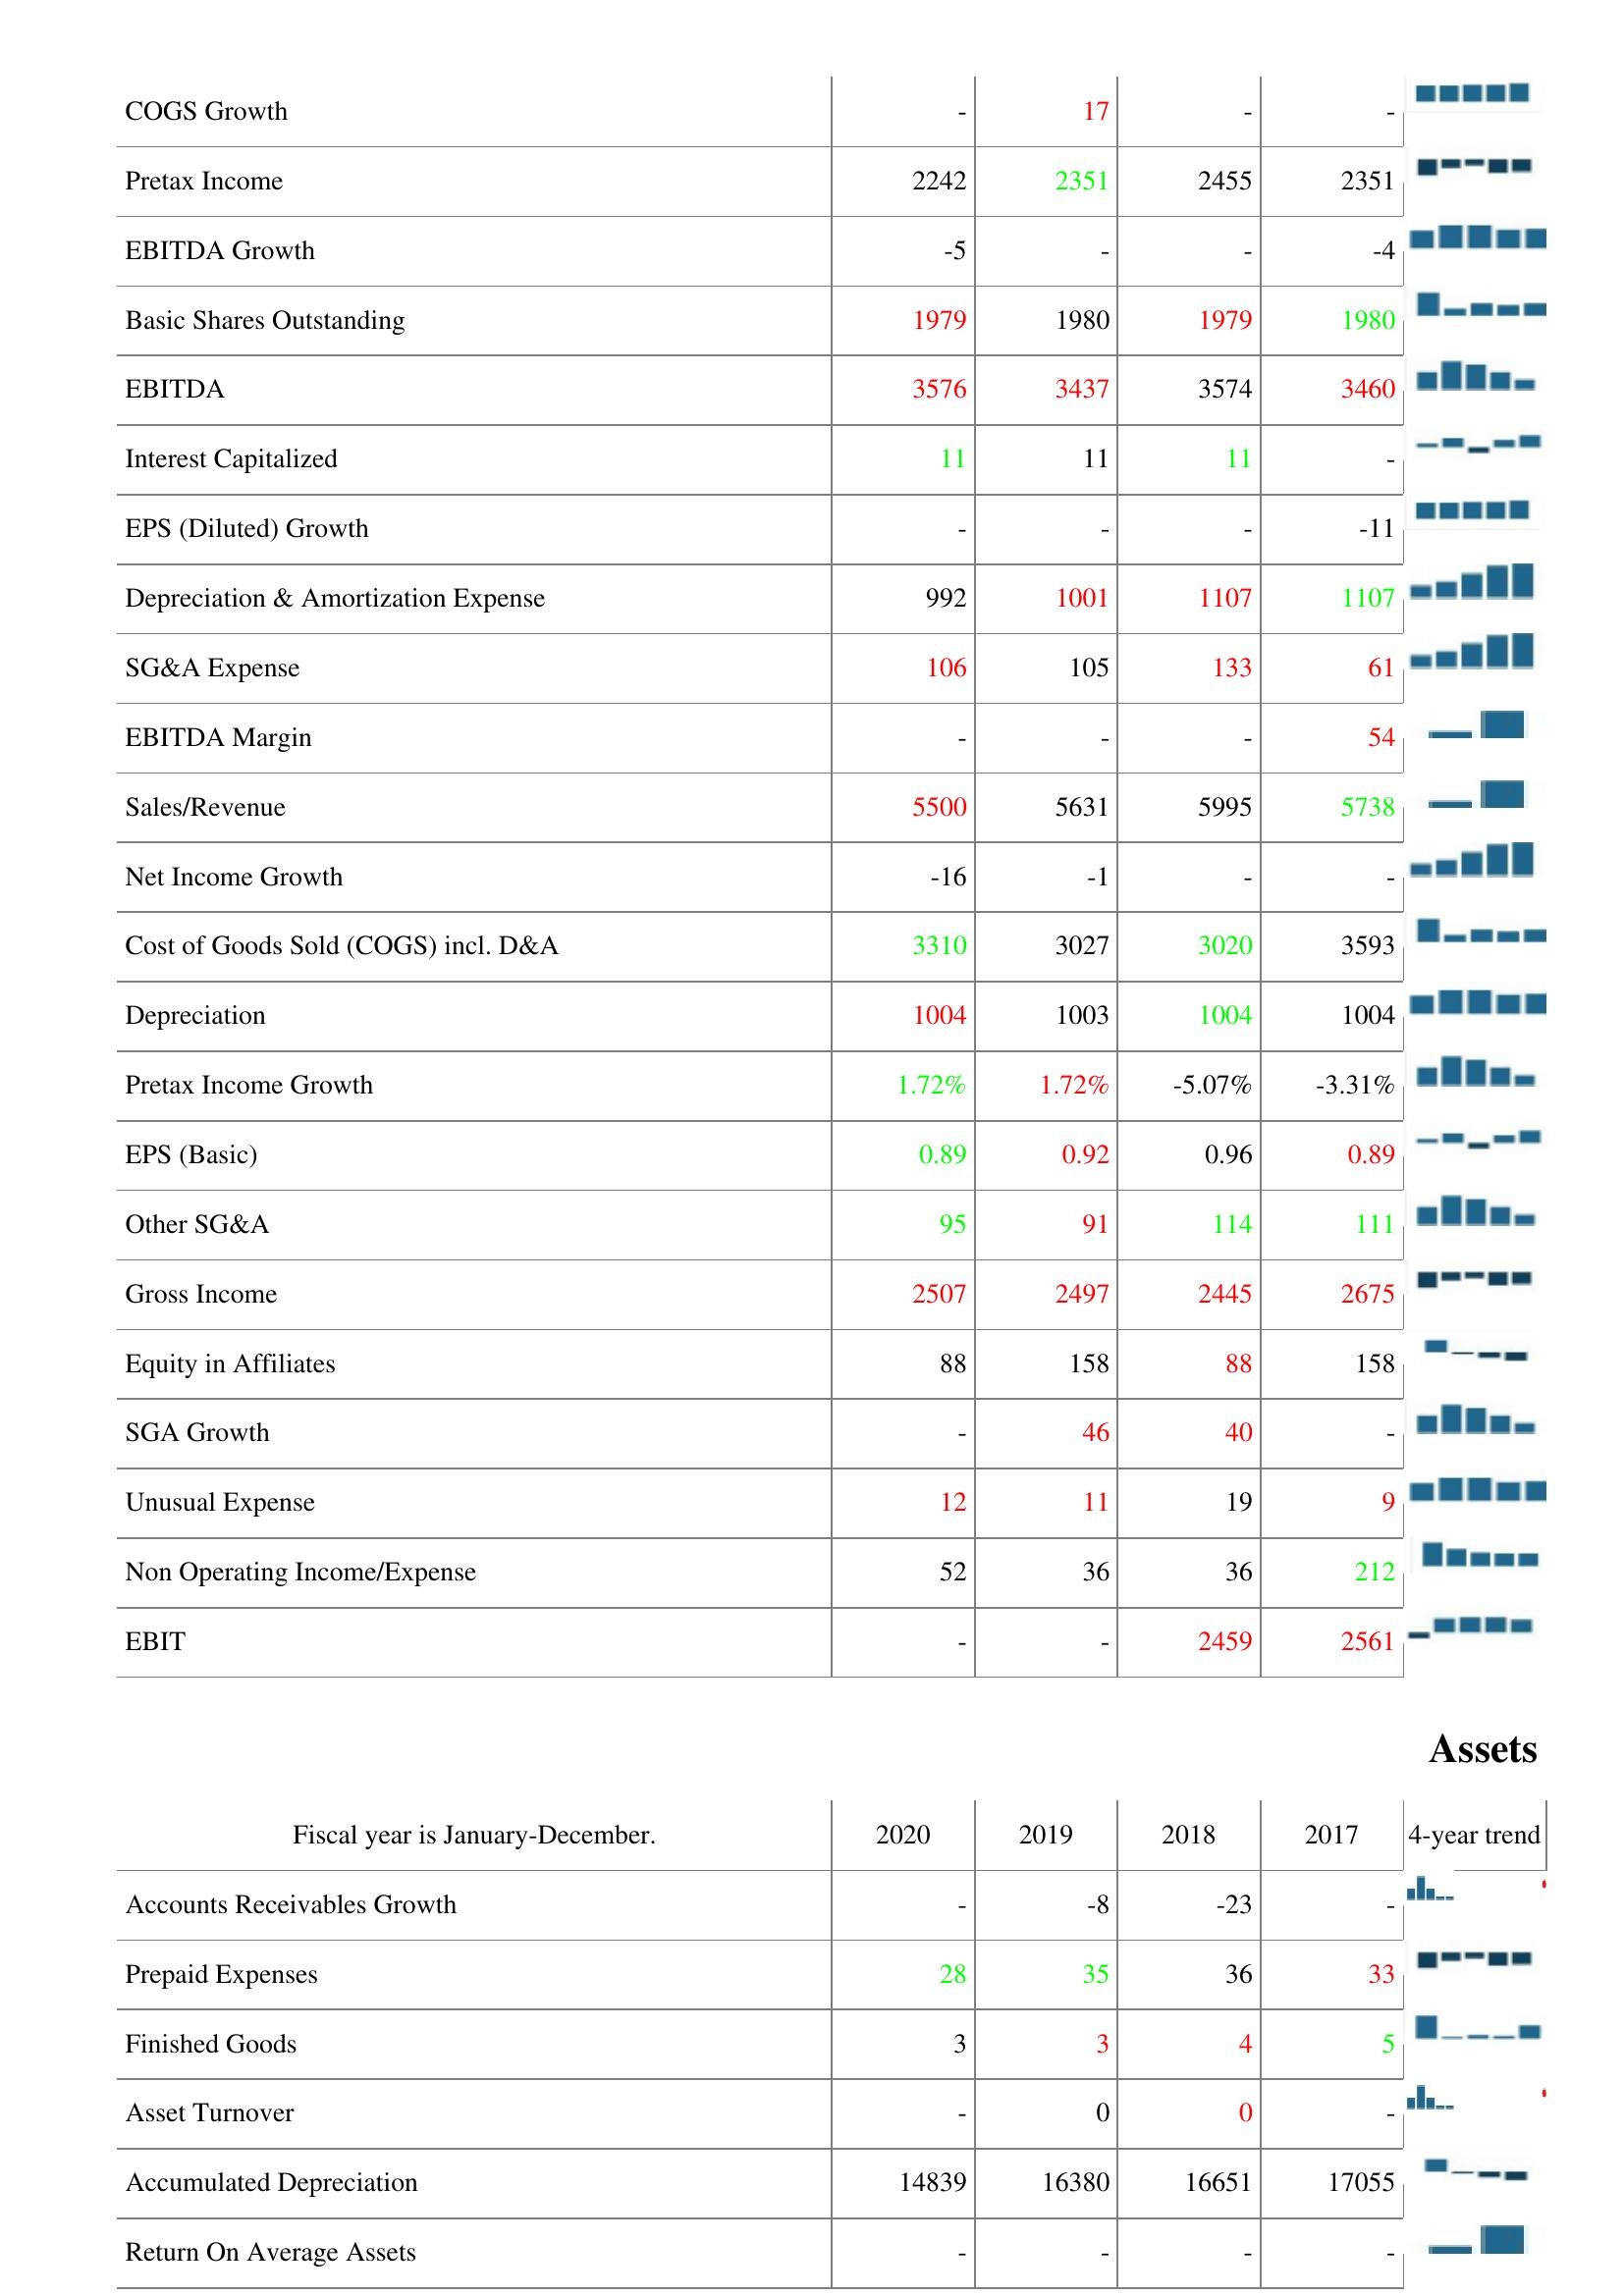
2020: : COGS Growth: -
Pretax Income: 2242
EBITDA Growth: -5
Basic Shares Outstanding: 1979
EBITDA: 3576
Interest Capitalized: 11
EPS (Diluted) Growth: -
Depreciation & Amortization Expense: 992
SG&A Expense: 106
EBITDA Margin: -
Sales/Revenue: 5500
Net Income Growth: -16
Cost of Goods Sold (COGS) incl. D&A: 3310
Depreciation: 1004
Pretax Income Growth: 1.72%
EPS (Basic): 0.89
Other SG&A: 95
Gross Income: 2507
Equity in Affiliates: 88
SGA Growth: -
Unusual Expense: 12
Non Operating Income/Expense: 52
EBIT: -
Assets: Accounts Receivables Growth: -
Prepaid Expenses: 28
Finished Goods: 3
Asset Turnover: -
Accumulated Depreciation: 14839
Return On Average Assets: -
2019: : COGS Growth: 17
Pretax Income: 2351
EBITDA Growth: -
Basic Shares Outstanding: 1980
EBITDA: 3437
Interest Capitalized: 11
EPS (Diluted) Growth: -
Depreciation & Amortization Expense: 1001
SG&A Expense: 105
EBITDA Margin: -
Sales/Revenue: 5631
Net Income Growth: -1
Cost of Goods Sold (COGS) incl. D&A: 3027
Depreciation: 1003
Pretax Income Growth: 1.72%
EPS (Basic): 0.92
Other SG&A: 91
Gross Income: 2497
Equity in Affiliates: 158
SGA Growth: 46
Unusual Expense: 11
Non Operating Income/Expense: 36
EBIT: -
Assets: Accounts Receivables Growth: -8
Prepaid Expenses: 35
Finished Goods: 3
Asset Turnover: 0
Accumulated Depreciation: 16380
Return On Average Assets: -
2018: : COGS Growth: -
Pretax Income: 2455
EBITDA Growth: -
Basic Shares Outstanding: 1979
EBITDA: 3574
Interest Capitalized: 11
EPS (Diluted) Growth: -
Depreciation & Amortization Expense: 1107
SG&A Expense: 133
EBITDA Margin: -
Sales/Revenue: 5995
Net Income Growth: -
Cost of Goods Sold (COGS) incl. D&A: 3020
Depreciation: 1004
Pretax Income Growth: -5.07%
EPS (Basic): 0.96
Other SG&A: 114
Gross Income: 2445
Equity in Affiliates: 88
SGA Growth: 40
Unusual Expense: 19
Non Operating Income/Expense: 36
EBIT: 2459
Assets: Accounts Receivables Growth: -23
Prepaid Expenses: 36
Finished Goods: 4
Asset Turnover: 0
Accumulated Depreciation: 16651
Return On Average Assets: -
2017: : COGS Growth: -
Pretax Income: 2351
EBITDA Growth: -4
Basic Shares Outstanding: 1980
EBITDA: 3460
Interest Capitalized: -
EPS (Diluted) Growth: -11
Depreciation & Amortization Expense: 1107
SG&A Expense: 61
EBITDA Margin: 54
Sales/Revenue: 5738
Net Income Growth: -
Cost of Goods Sold (COGS) incl. D&A: 3593
Depreciation: 1004
Pretax Income Growth: -3.31%
EPS (Basic): 0.89
Other SG&A: 111
Gross Income: 2675
Equity in Affiliates: 158
SGA Growth: -
Unusual Expense: 9
Non Operating Income/Expense: 212
EBIT: 2561
Assets: Accounts Receivables Growth: -
Prepaid Expenses: 33
Finished Goods: 5
Asset Turnover: -
Accumulated Depreciation: 17055
Return On Average Assets: -